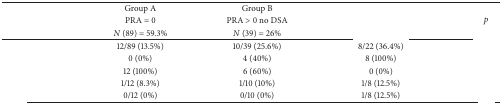
<table><thead><tr><td>[EMPTY_CELL]</td><td><b>Group A</b></td><td><b>Group B</b></td><td>[EMPTY_CELL]</td><td rowspan="3"><b><i>p</i></b></td></tr><tr><td>[EMPTY_CELL]</td><td><b>PRA = 0</b></td><td><b>PRA &gt; 0 no DSA</b></td><td>[EMPTY_CELL]</td></tr><tr><td>[EMPTY_CELL]</td><td><b><i>N</i> (89) = 59.3%</b></td><td><b><i>N</i> (39) = 26%</b></td><td>[EMPTY_CELL]</td></tr></thead><tbody><tr><td>[EMPTY_CELL]</td><td>12/89 (13.5%)</td><td>10/39 (25.6%)</td><td>8/22 (36.4%)</td><td>[EMPTY_CELL]</td></tr><tr><td>[EMPTY_CELL]</td><td>0 (0%)</td><td>4 (40%)</td><td>8 (100%)</td><td>[EMPTY_CELL]</td></tr><tr><td>[EMPTY_CELL]</td><td>12 (100%)</td><td>6 (60%)</td><td>0 (0%)</td><td>[EMPTY_CELL]</td></tr><tr><td>[EMPTY_CELL]</td><td>1/12 (8.3%)</td><td>1/10 (10%)</td><td>1/8 (12.5%)</td><td>[EMPTY_CELL]</td></tr><tr><td>[EMPTY_CELL]</td><td>0/12 (0%)</td><td>0/10 (0%)</td><td>1/8 (12.5%)</td><td>[EMPTY_CELL]</td></tr></tbody></table>